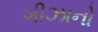
ગીઝાનો